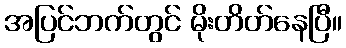
အပြင်ဘက်တွင် မိုးတိတ်နေပြီ။